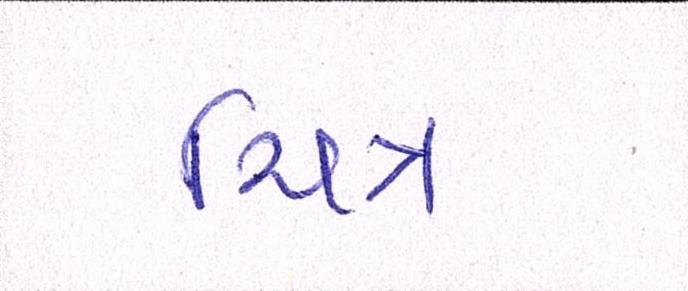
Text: ચિત્ર